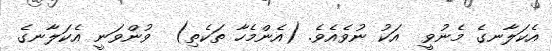
އެކަލާނގެ މެނުވީ  އަކު ނުވެއެވެ. (އެންމެހާ ތަކެތި)  ވުންވަނީ އެކަލާނގެ